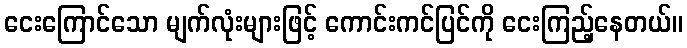
ငေးကြောင်သော မျက်လုံးများဖြင့် ကောင်းကင်ပြင်ကို ငေးကြည့်နေတယ်။